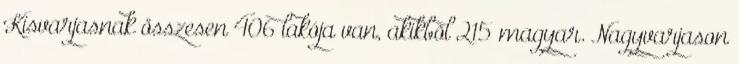
Kisvarjasnak összesen 406 lakója van, akikbõl 215 magyar. Nagyvarjason